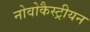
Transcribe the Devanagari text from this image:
नोवोकैस्ट्रीयन